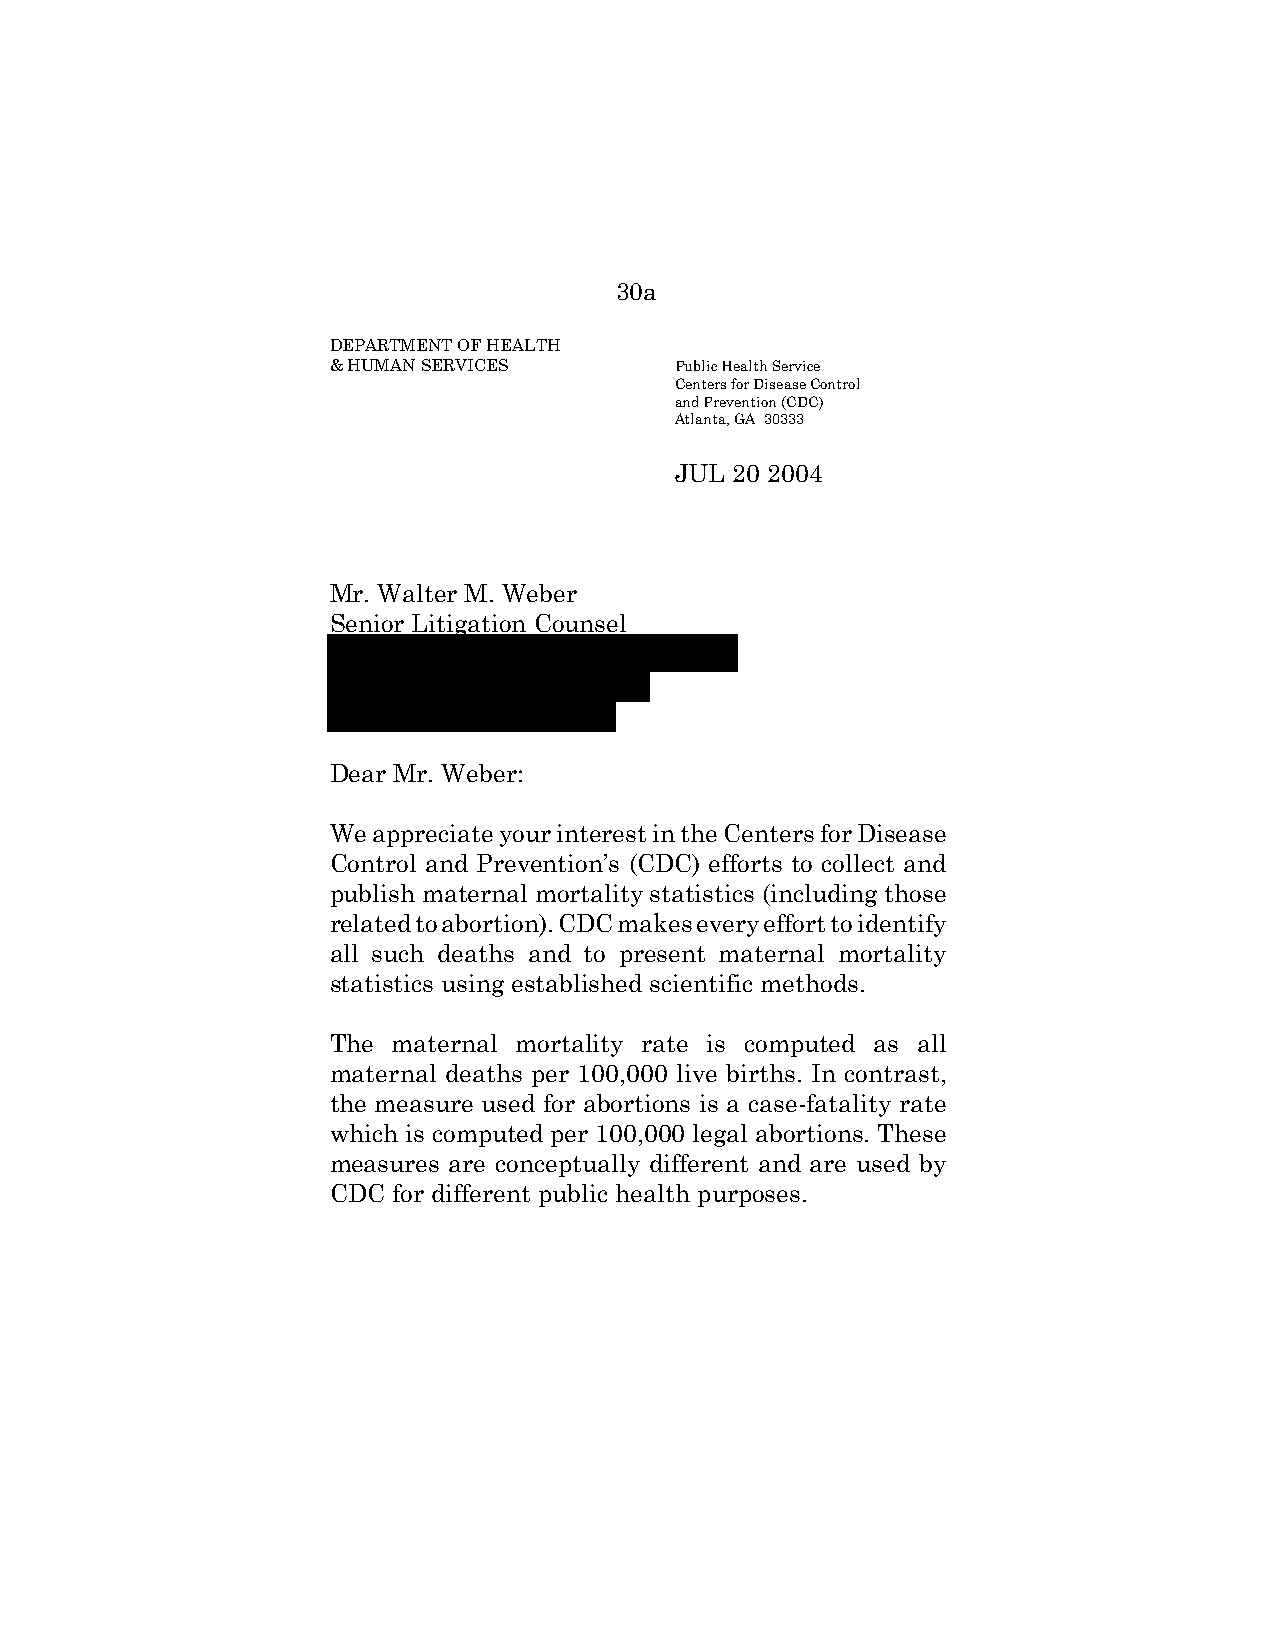
30a
 DEPARTMENT OF HEALTH
 & HUMAN SERVICES       Public Health Service
 Centers for Disease Control
 and Prevention (CDC)
 Atlanta, GA 30333
 JUL 20 2004
 Mr. Walter M. Weber
 Senior Litigation Counsel
 Dear Mr. Weber:
 We appreciate your interest in the Centers for Disease
 Control and Prevention’s (CDC) efforts to collect and
 publish maternal mortality statistics (including those
 related to abortion). CDC makes every effort to identify
 all such deaths and to present maternal mortality
 statistics using established scientific methods.
 The maternal mortality rate is computed as all
 maternal deaths per 100,000 live births. In contrast,
 the measure used for abortions is a case-fatality rate
 which is computed per 100,000 legal abortions. These
 measures are conceptually different and are used by
 CDC for different public health purposes.